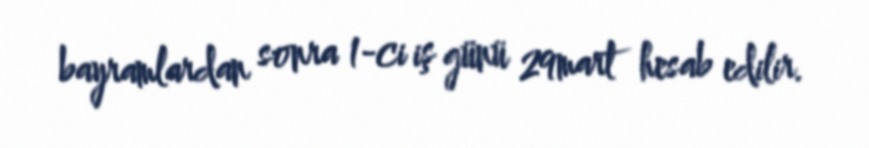
bayramlardan sonra 1-ci iş günü 29mart hesab edilir.